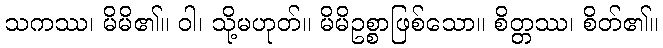
သကဿ၊ မိမိ၏။ ဝါ၊ သို့မဟုတ်။ မိမိဥစ္စာဖြစ်သော။ စိတ္တဿ၊ စိတ်၏။